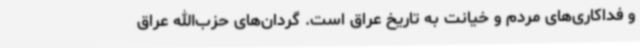
و فداکاری‌های مردم و خیانت به تاریخ عراق است. گردان‌های حزب‌الله عراق